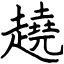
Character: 趬